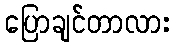
ပြောချင်တာလား